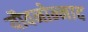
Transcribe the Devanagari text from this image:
यौवनोन्माद